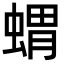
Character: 蝟